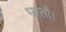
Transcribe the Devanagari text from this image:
भरतौ।